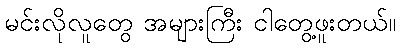
မင်းလိုလူတွေ အများကြီး ငါတွေ့ဖူးတယ်။